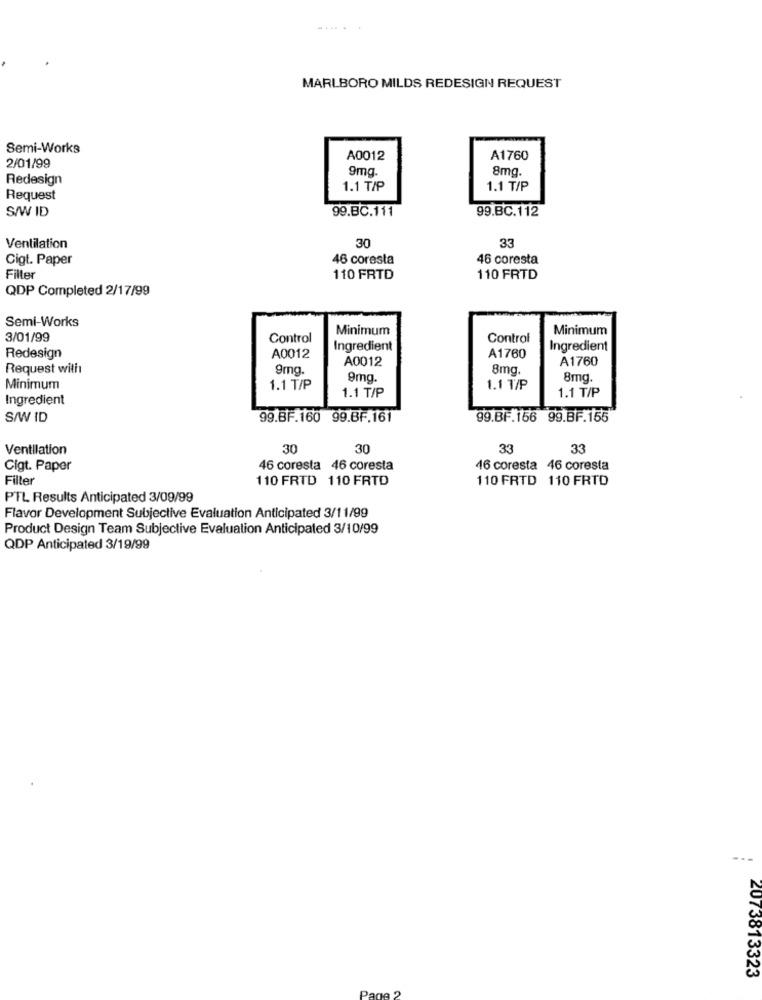
MARLBORO MILDS REDESIGN REQUEST
Semi-Works
A0012
A1760
2/01/99
9mg
8mg
Redesign
1.1 T/P
1.1 T/P
Request
S/W ID
99.BC.111
99.BC.112
30
33
Ventilation
Cigt. Paper
46 coresta
46 coresta
Filter
110 FRTD
110 FRTD
QDP Completed 2/17/99
Semi-Works
Minimum
Minimum
3/01/99
Control
Control
Ingredient
Ingredient
Redesign
A0012
A0012
A1760
A1760
Request with
9mg.
8mg.
9mg.
8mg.
Minimum
1.1 T/P
1.1 T/P
1.1 1/P
Ingredient
1.1 T/P
S/W ID
99.BF.160 99.BF.161
99.BF.156 99.BF.155
Ventilation
30
30
33
33
Cigt. Paper
46 coresta 46 coresta
46 coresta 46 coresta
Filter
110 FRTD 110 FRTD
110 FRTD 110 FRTD
PTL Results Anticipated 3/09/99
Flavor Development Subjective Evaluation Anticipated 3/11/99
Product Design Team Subjective Evaluation Anticipated 3/10/99
QDP Anticipated 3/19/99
2073813323
Page 2